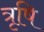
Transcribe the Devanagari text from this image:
त्रृषि